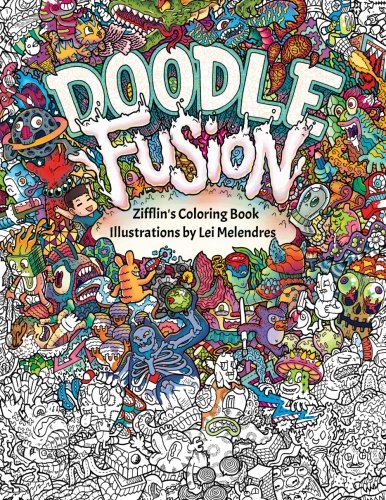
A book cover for Doodle Fusion: Zifflin's Coloring Book (Volume 2); Zifflin; Humor & Entertainment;